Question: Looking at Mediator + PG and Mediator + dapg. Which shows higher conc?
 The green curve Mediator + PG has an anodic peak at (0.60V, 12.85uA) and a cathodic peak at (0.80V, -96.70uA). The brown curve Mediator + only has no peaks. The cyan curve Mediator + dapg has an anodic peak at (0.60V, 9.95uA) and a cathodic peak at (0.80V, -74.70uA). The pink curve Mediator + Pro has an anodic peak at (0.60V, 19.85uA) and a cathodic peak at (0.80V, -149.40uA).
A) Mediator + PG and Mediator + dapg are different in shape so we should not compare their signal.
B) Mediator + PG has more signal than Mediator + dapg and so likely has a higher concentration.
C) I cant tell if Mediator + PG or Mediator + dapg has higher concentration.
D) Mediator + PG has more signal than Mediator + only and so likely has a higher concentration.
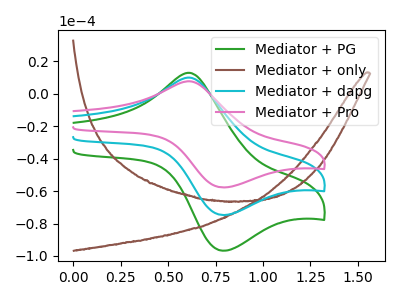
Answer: <think>All the peaks in "Mediator + PG" have a peak in "Mediator + dapg" at the same potential. Every peak in "Mediator + PG" is higher than every peak in "Mediator + dapg".
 </think>
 <answer>B) "Mediator + PG" has more signal than "Mediator + dapg" and so likely has a higher concentration.</answer>
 <eval>B</eval>